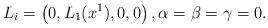
LaTeX: \begin{align*} {L}_i=\left( 0, {L}_1(x^1), 0, 0\right), \alpha= \beta=\gamma=0.\end{align*}